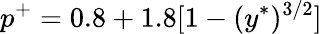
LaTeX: p^{+}=0.8+1.8[1-(y^{\ast})^{3/2}]